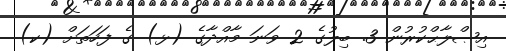
އިޞްލާޙްކުރުން 3. ބިލުގެ 2 ވަނަ މާއްދާގެ (ޅ) ގެ ފަހަތަށް (ކ)